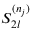
S _ { 2 l } ^ { ( n _ { j } ) }